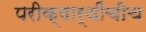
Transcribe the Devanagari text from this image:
परीक्षार्थींचीच